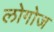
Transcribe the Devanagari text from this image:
लोगोज